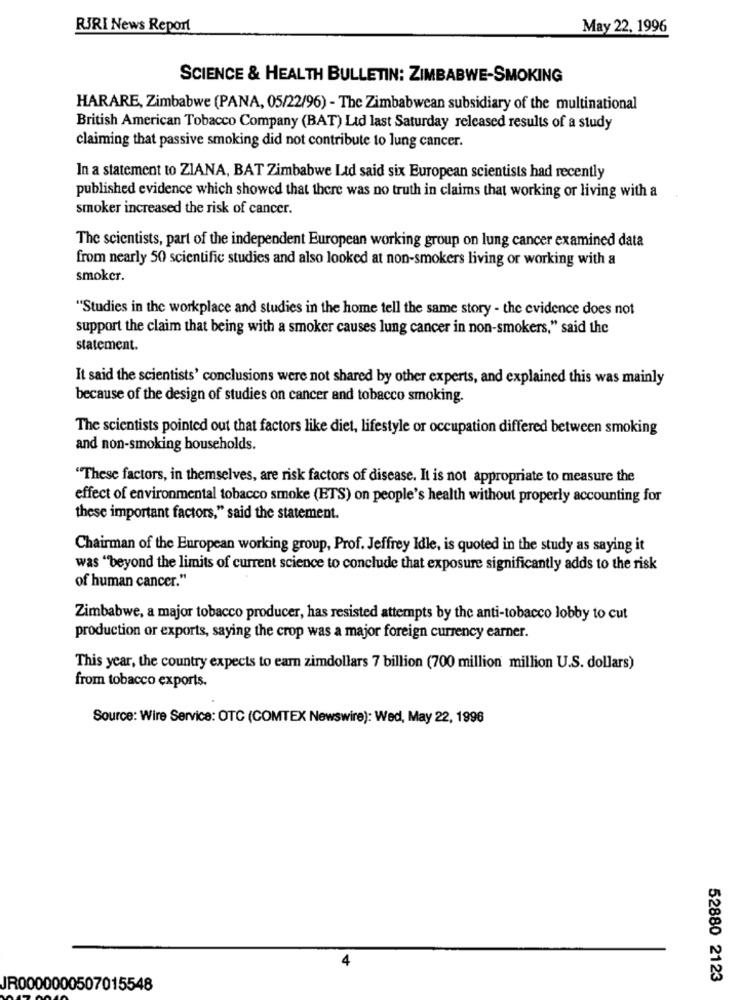
RJRI News Report
May 22, 1996
SCIENCE & HEALTH BULLETIN: ZIMBABWE-SMOKING
HARARE, Zimbabwe (PANA, 05/22/96) - The Zimbabwean subsidiary of the multinational
British American Tobacco Company (BAT) Lid last Saturday released results of a study
claiming that passive smoking did not contribute to lung cancer.
In a statement to ZIANA, BAT Zimbabwe Ltd said six European scientists had recently
published evidence which showed that there was no truth in claims that working or living with a
smoker increased the risk of cancer.
The scientists, part of the independent European working group on lung cancer examined data
from nearly 50 scientific studies and also looked at non-smokers living or working with a
smoker.
"Studies in the workplace and studies in the home tell the same story - the evidence does not
support the claim that being with a smoker causes lung cancer in non-smokers," said the
statement.
It said the scientists' conclusions were not shared by other experts, and explained this was mainly
because of the design of studies on cancer and tobacco smoking.
The scientists pointed out that factors like diet, lifestyle or occupation differed between smoking
and non-smoking households.
"These factors, in themselves, are risk factors of disease. It is not appropriate to measure the
effect of environmental tobacco smoke (ETS) on people's health without properly accounting for
these important factors," said the statement.
Chairman of the European working group, Prof. Jeffrey Idle, is quoted in the study as saying it
was "beyond the limits of current science to conclude that exposure significantly adds to the risk
of human cancer."
Zimbabwe, a major tobacco producer, has resisted attempts by the anti-tobacco lobby to cut
production or exports, saying the crop was a major foreign currency earner.
This year, the country expects to earn zimdollars 7 billion (700 million million U.S. dollars)
from tobacco exports.
Source: Wire Service: OTC (COMTEX Newswire): Wed, May 22, 1996
4
52880 2123
JR0000000507015548